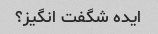
ایده شگفت انگیز؟